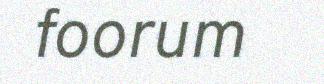
foorum